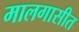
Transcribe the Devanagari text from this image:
मालगासीत